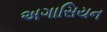
અગાસિયન